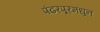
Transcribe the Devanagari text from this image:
पंढरपूरमधून